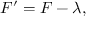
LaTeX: F ^ { \prime } = F - \lambda ,